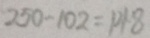
2 5 0 - 1 0 2 = 1 4 8